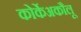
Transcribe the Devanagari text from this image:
कोर्केअकौलू